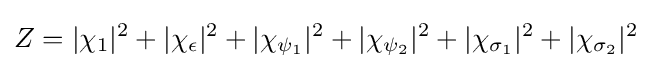
Z=|\chi _{1}|^{2}+|\chi _{\epsilon }|^{2}+|\chi _{\psi _{1}}|^{2}+|\chi _{\psi _{2}}|^{2}+|\chi _{\sigma _{1}}|^{2}+|\chi _{\sigma _{2}}|^{2}